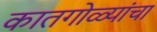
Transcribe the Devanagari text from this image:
कातगोळ्यांचा